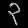
Digit: ၃